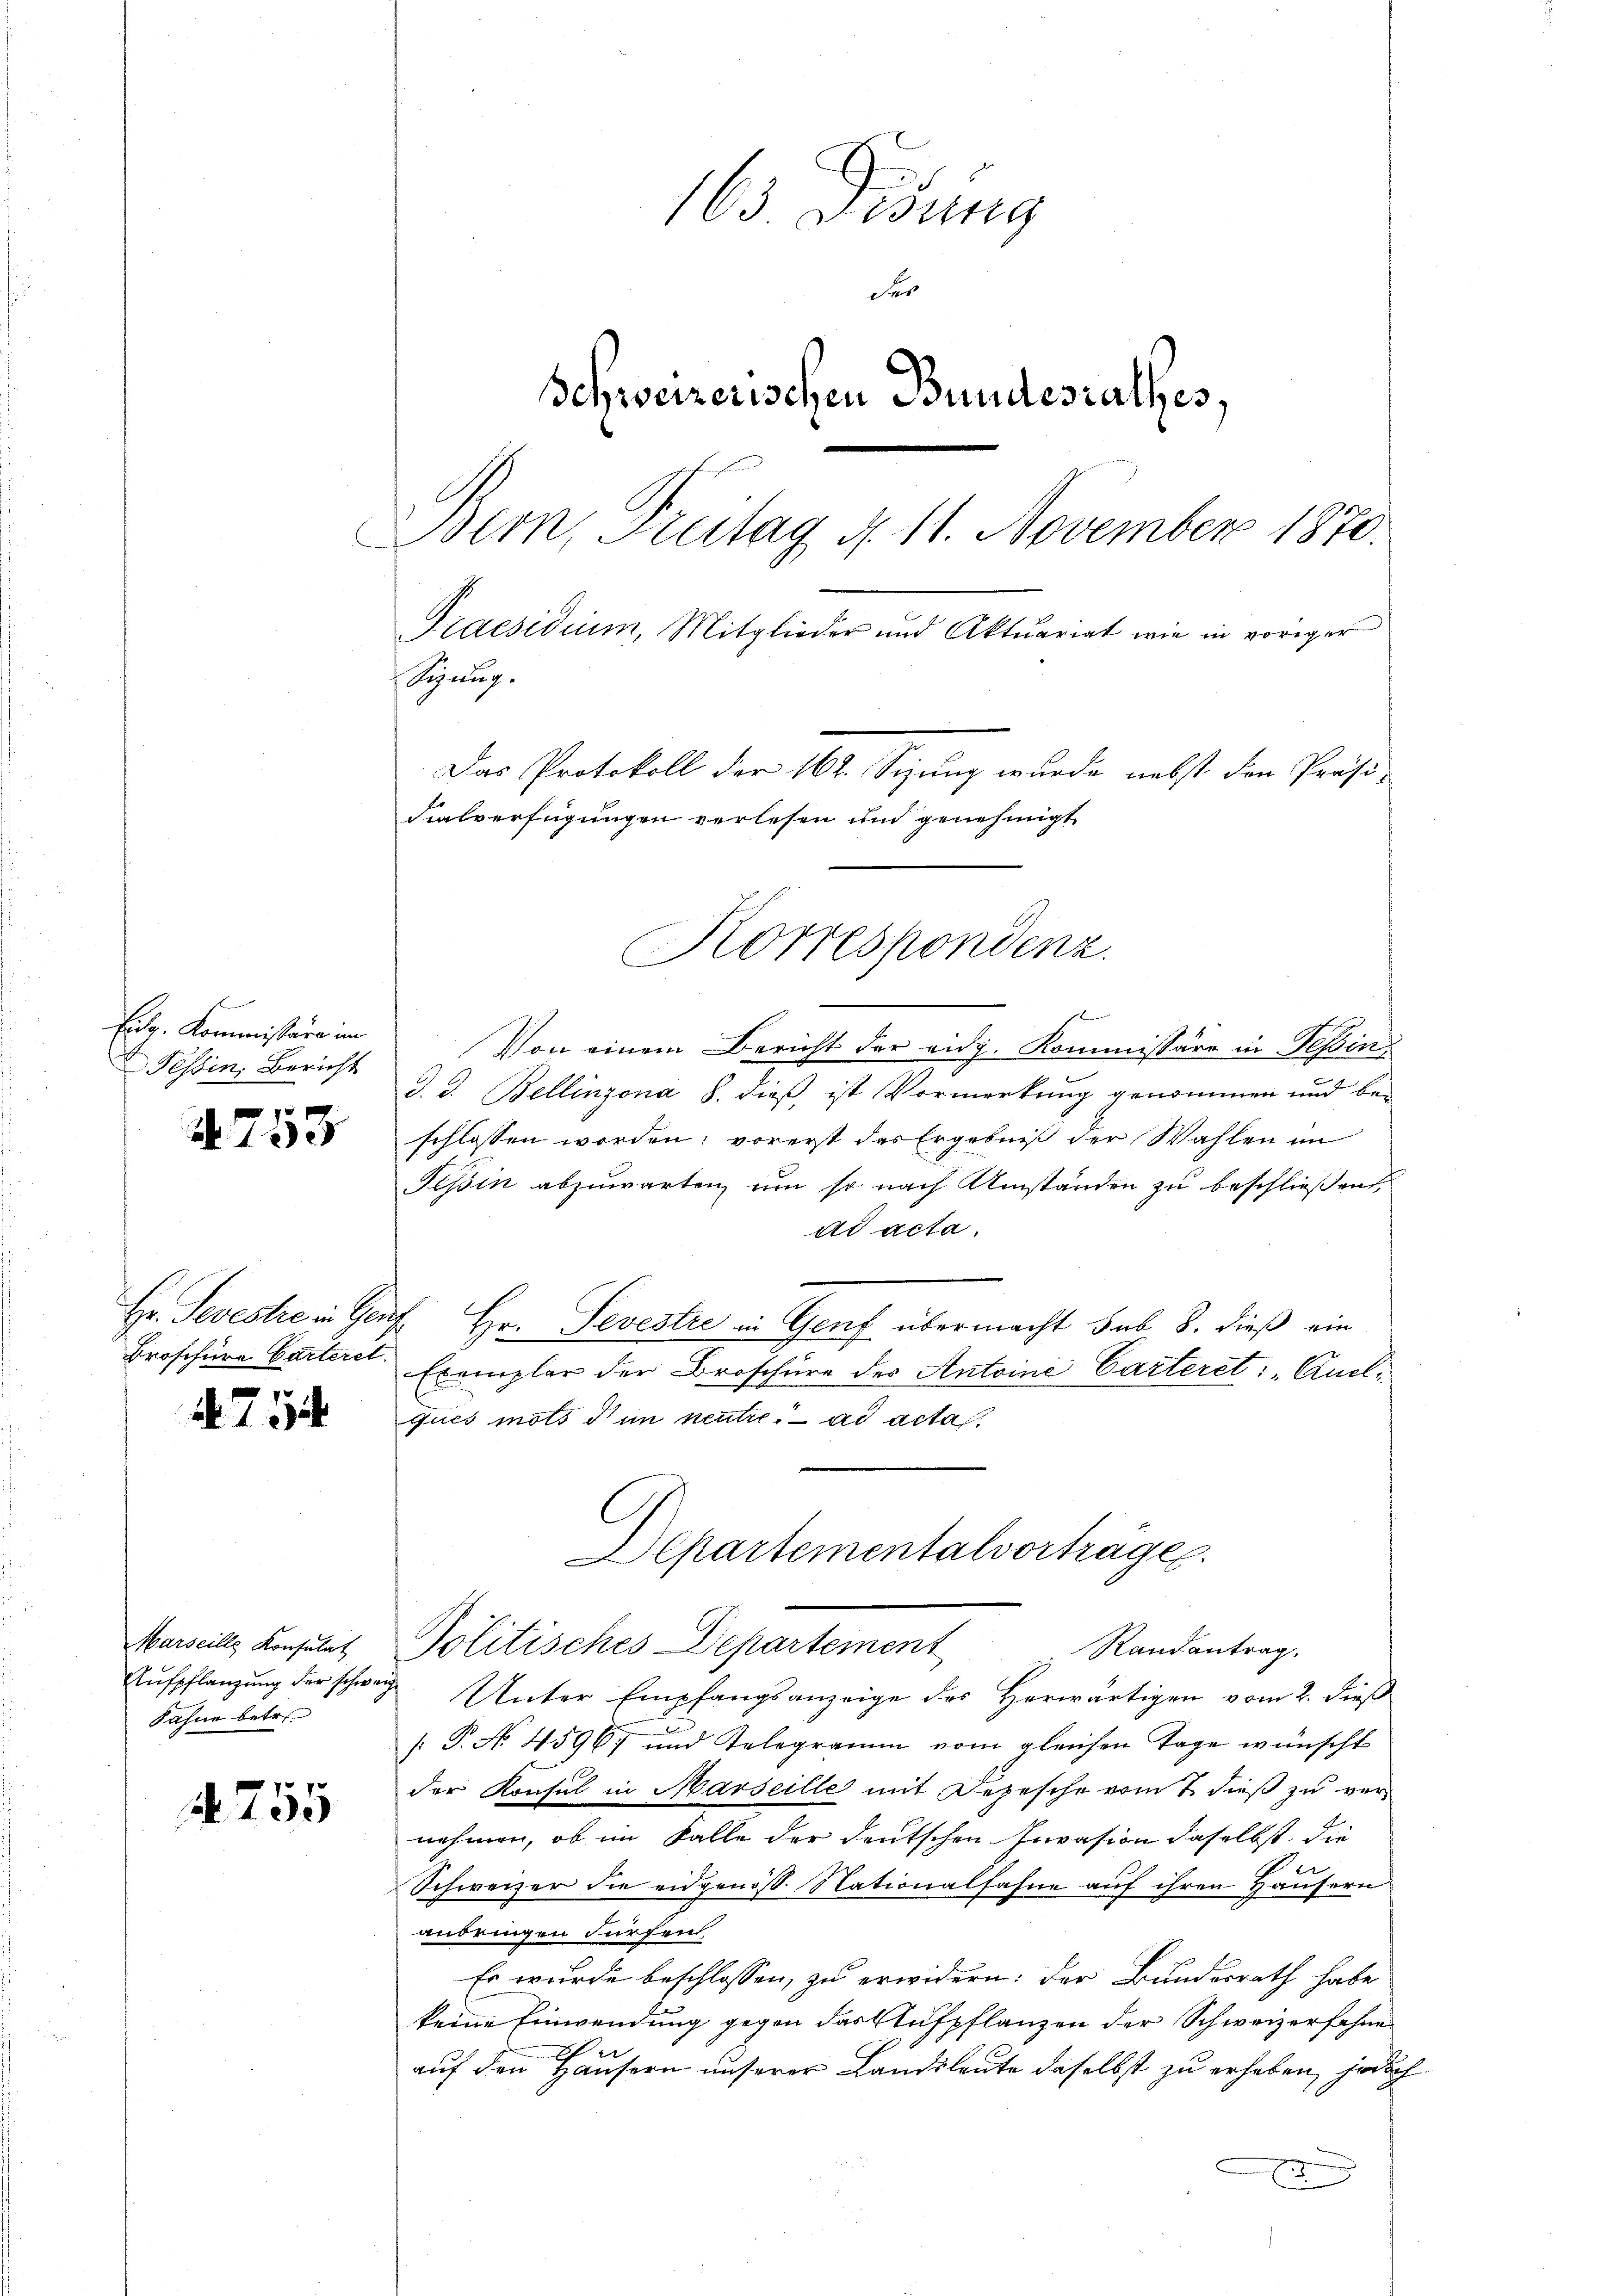
Be
Eiter. Kommissäre im
Tessin. Bericht
x

A 13

Broschüre Carteret.

4754

Marseille Konsulat
Fahne betr.

4755

163. Disung
Fer
Schweizerischen Bundesrathes,
Bern, Freitag d. 11. November 1870.
Praesidium, Mitglieder und Aktuariat wie in voriger
Sitzung.
Das Protokoll der 162. Sizung wurde nebst den Präsi-
Fialverfügungen verlesen und genehmigt

f
Von einem Bericht der eidg. Kommissäre in Tessin
d. d. Bellinzona S. dieß ist Vormerkung genommen und beschlossen worden; vorerst das Ergebniß der Wahlen im
Teßin abzuwarten, um so nach Umständen zu beschließen,
ad acta.
Hr. Sevestre in Genf. Hr. Sevestre in Genf übermacht sub 8. dieß ein
Exemplar der Broschüre des Antoine Carteret: „Auelques mots den neutre. ad acta.
G
Alkartementalvorträge.
Politisches Departement
Randantrag.
Aufpflanzung der schwer Unter Empfangsanzeige des Herwärtigen vom 2. dieß
[P. No. 4596 und Telegramm vom gleichen Tage wünscht
der Konsul in Marseille mit Depesche vom 7. dieß zu vernehmen, ob im Falle der deutschen Invasion daselbst die
Schweizer die eidgenöss. Nationalfahre auf ihren Häusern
andringen dürfen.
Es wurde beschlossen, zu erwidern: der Bundesrath habe
keine Einwendung gegen das Aufpflanzen der Schweizerfahne
auf den Häusern unserer Landsleute daselbst zu erhaben, jedoch
x

Korrespondenz.